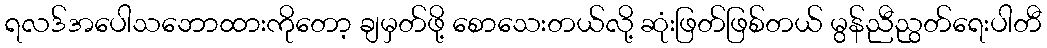
ရလဒ်အပေါသဘောထားကိုတော့ ချမှတ်ဖို့ စောသေးတယ်လို့ ဆုံးဖြတ်ဖြစ်တယ် မွန်ညီညွတ်ရေးပါတီ